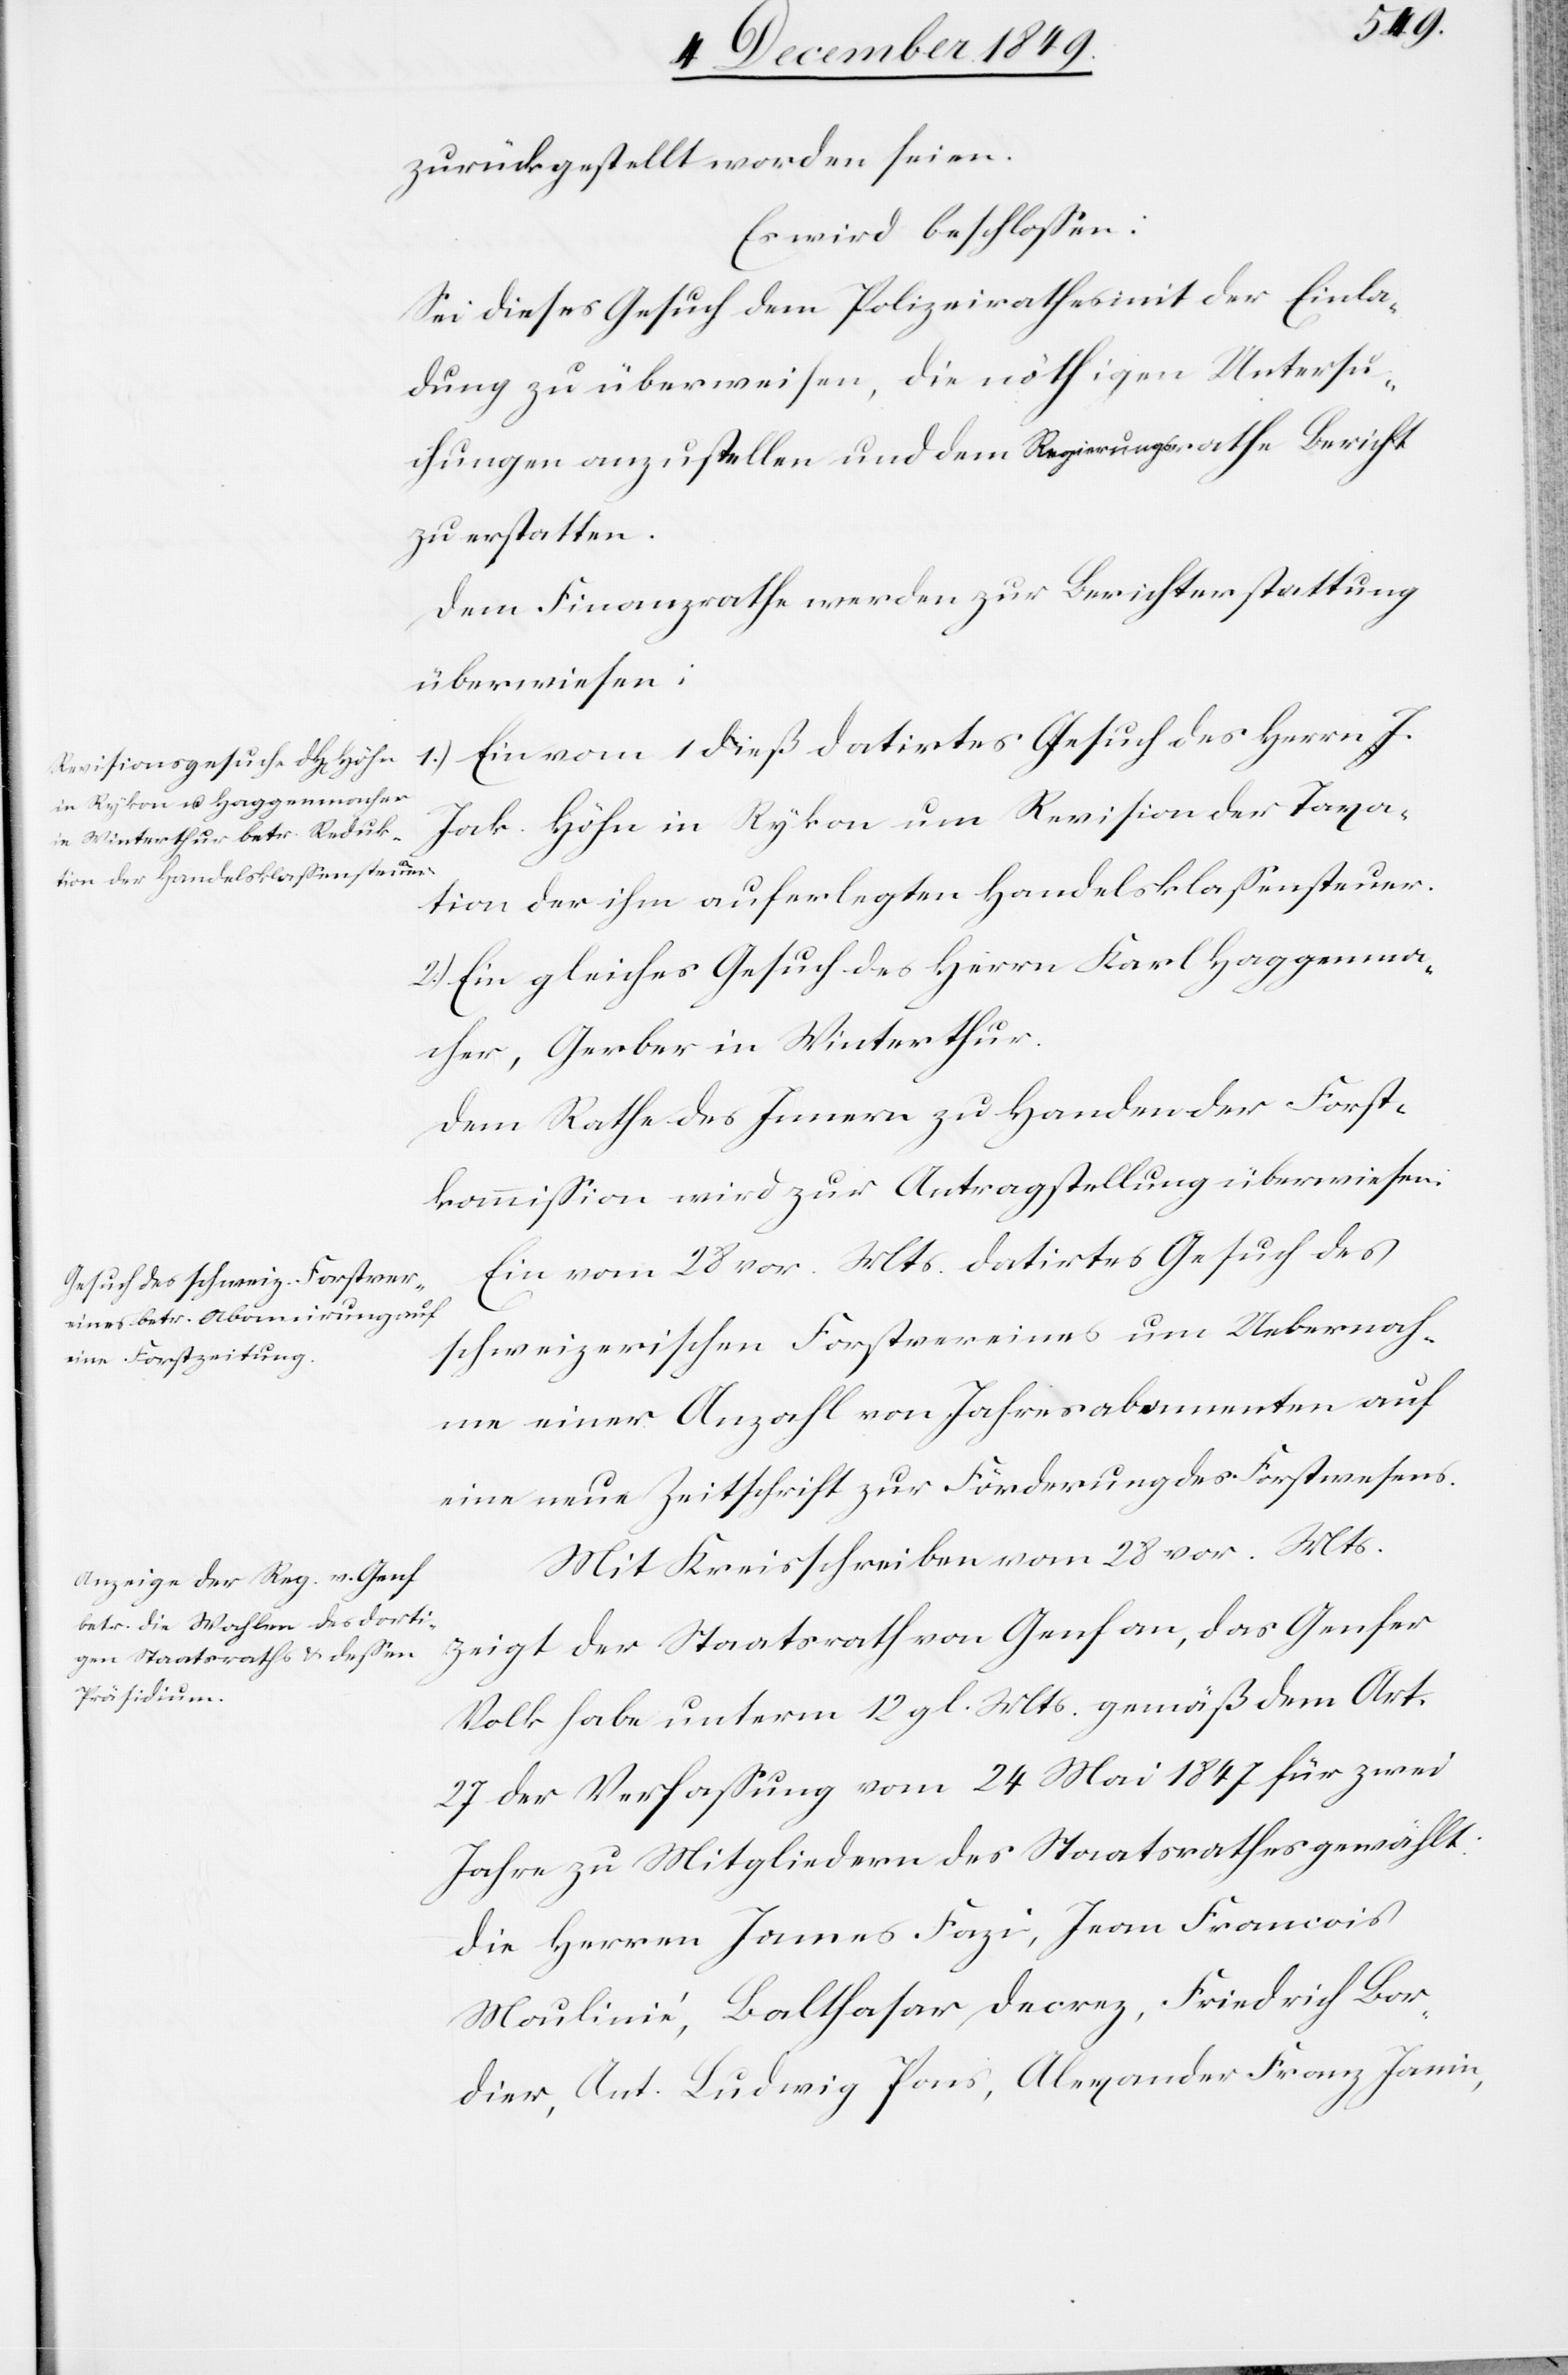
zurückgestellt worden seien.
Es wird beschloßen:
Sei dieses Gesuch dem Polizeirathes [sic!] mit der Einla¬
dung zu überweisen, die nöthigen Untersuc¬
hungen anzustellen und dem Regierungsrathe Bericht
zu erstatten.
Dem Finanzrathe werden zur Berichterstattung
überwiesen:
1.) Ein vom 1 dieß datirtes Gesuch des Herrn J.
Jak. Höhn in Rykon um Revision der Taxa¬
tion der ihm auferlegten Handelsklaßensteuer.
2.) Ein gleiches Gesuch des Herrn Karl Haggenma¬
cher, Gerber in Winterthur.
Ein vom 28 vor. Mts. datirtes Gesuch des
schweizerischen Forstvereines um Uebernah¬
me einer Anzahl von Jahresabonnementen auf
eine neue Zeitschrift zur Förderung des Forstwesens.
Mit Kreisschreiben vom 28 vor. Mts.
zeigt der Staatsrath von Genf an, das Genfer
Volk habe unterm 12 gl. Mts. gemäß dem Art.
27 der Verfaßung vom 24 Mai 1847 für zwei
Jahre zu Mitgliedern des Staatrathes gewählt:
Die Herren James Fazi, Jean Francois
Moulinié, Balthasar Decrez, Friedrich Bor¬
dier, Ant. Ludwig Pons, Alexander Franz Jamin,